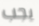
يجب